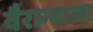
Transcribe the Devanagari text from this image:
वैराग्याला